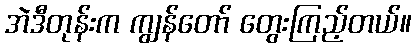
အဲဒီတုန်းက ကျွန်တော် တွေးကြည့်တယ်။